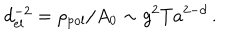
d _ { \mathrm { e l } } ^ { - 2 } = \rho _ { \mathrm { p o l } } / A _ { 0 } \sim g ^ { 2 } T a ^ { 2 - d } \, .